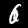
Label: 6